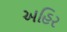
અહિર